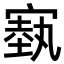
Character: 𪧢